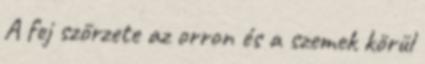
A fej szőrzete az orron és a szemek körül